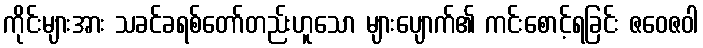
ကိုင်းများအား သခင်ခရစ်တော်တည်းဟူသော များပျောက်၏ ကင်းစောင့်ရခြင်း ဇဝေဇဝါ